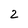
Character: 2